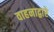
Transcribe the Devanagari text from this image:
वाहनाद्वारे